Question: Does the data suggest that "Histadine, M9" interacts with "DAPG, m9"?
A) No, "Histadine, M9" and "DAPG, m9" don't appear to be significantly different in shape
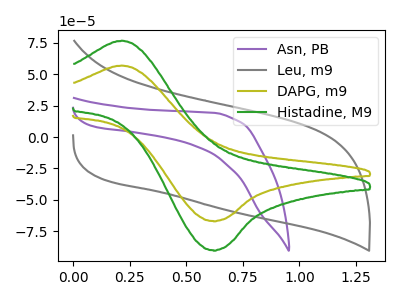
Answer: <think>The purple curve "Asn, PB" has no peaks. The gray curve "Leu, m9" has no peaks. The olive curve "DAPG, m9" has an anodic peak at (0.20V, 57.00uA) and a cathodic peak at (0.60V, -66.90uA). The green curve "Histadine, M9" has an anodic peak at (0.20V, 76.80uA) and a cathodic peak at (0.60V, -90.15uA).
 All the peaks in "Histadine, M9" have a peak in "DAPG, m9" at the same potential. Every peak in "Histadine, M9" is higher than every peak in "DAPG, m9".</think>
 <answer>A) No, "Histadine, M9" and "DAPG, m9" don't appear to be significantly different in shape</answer>
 <eval>A</eval>